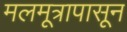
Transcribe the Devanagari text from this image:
मलमूत्रापासून